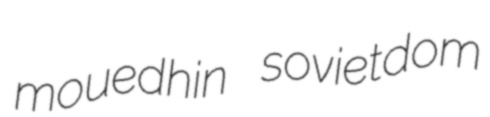
mouedhin sovietdom